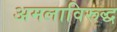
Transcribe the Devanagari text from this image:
अमलाविरूद्ध